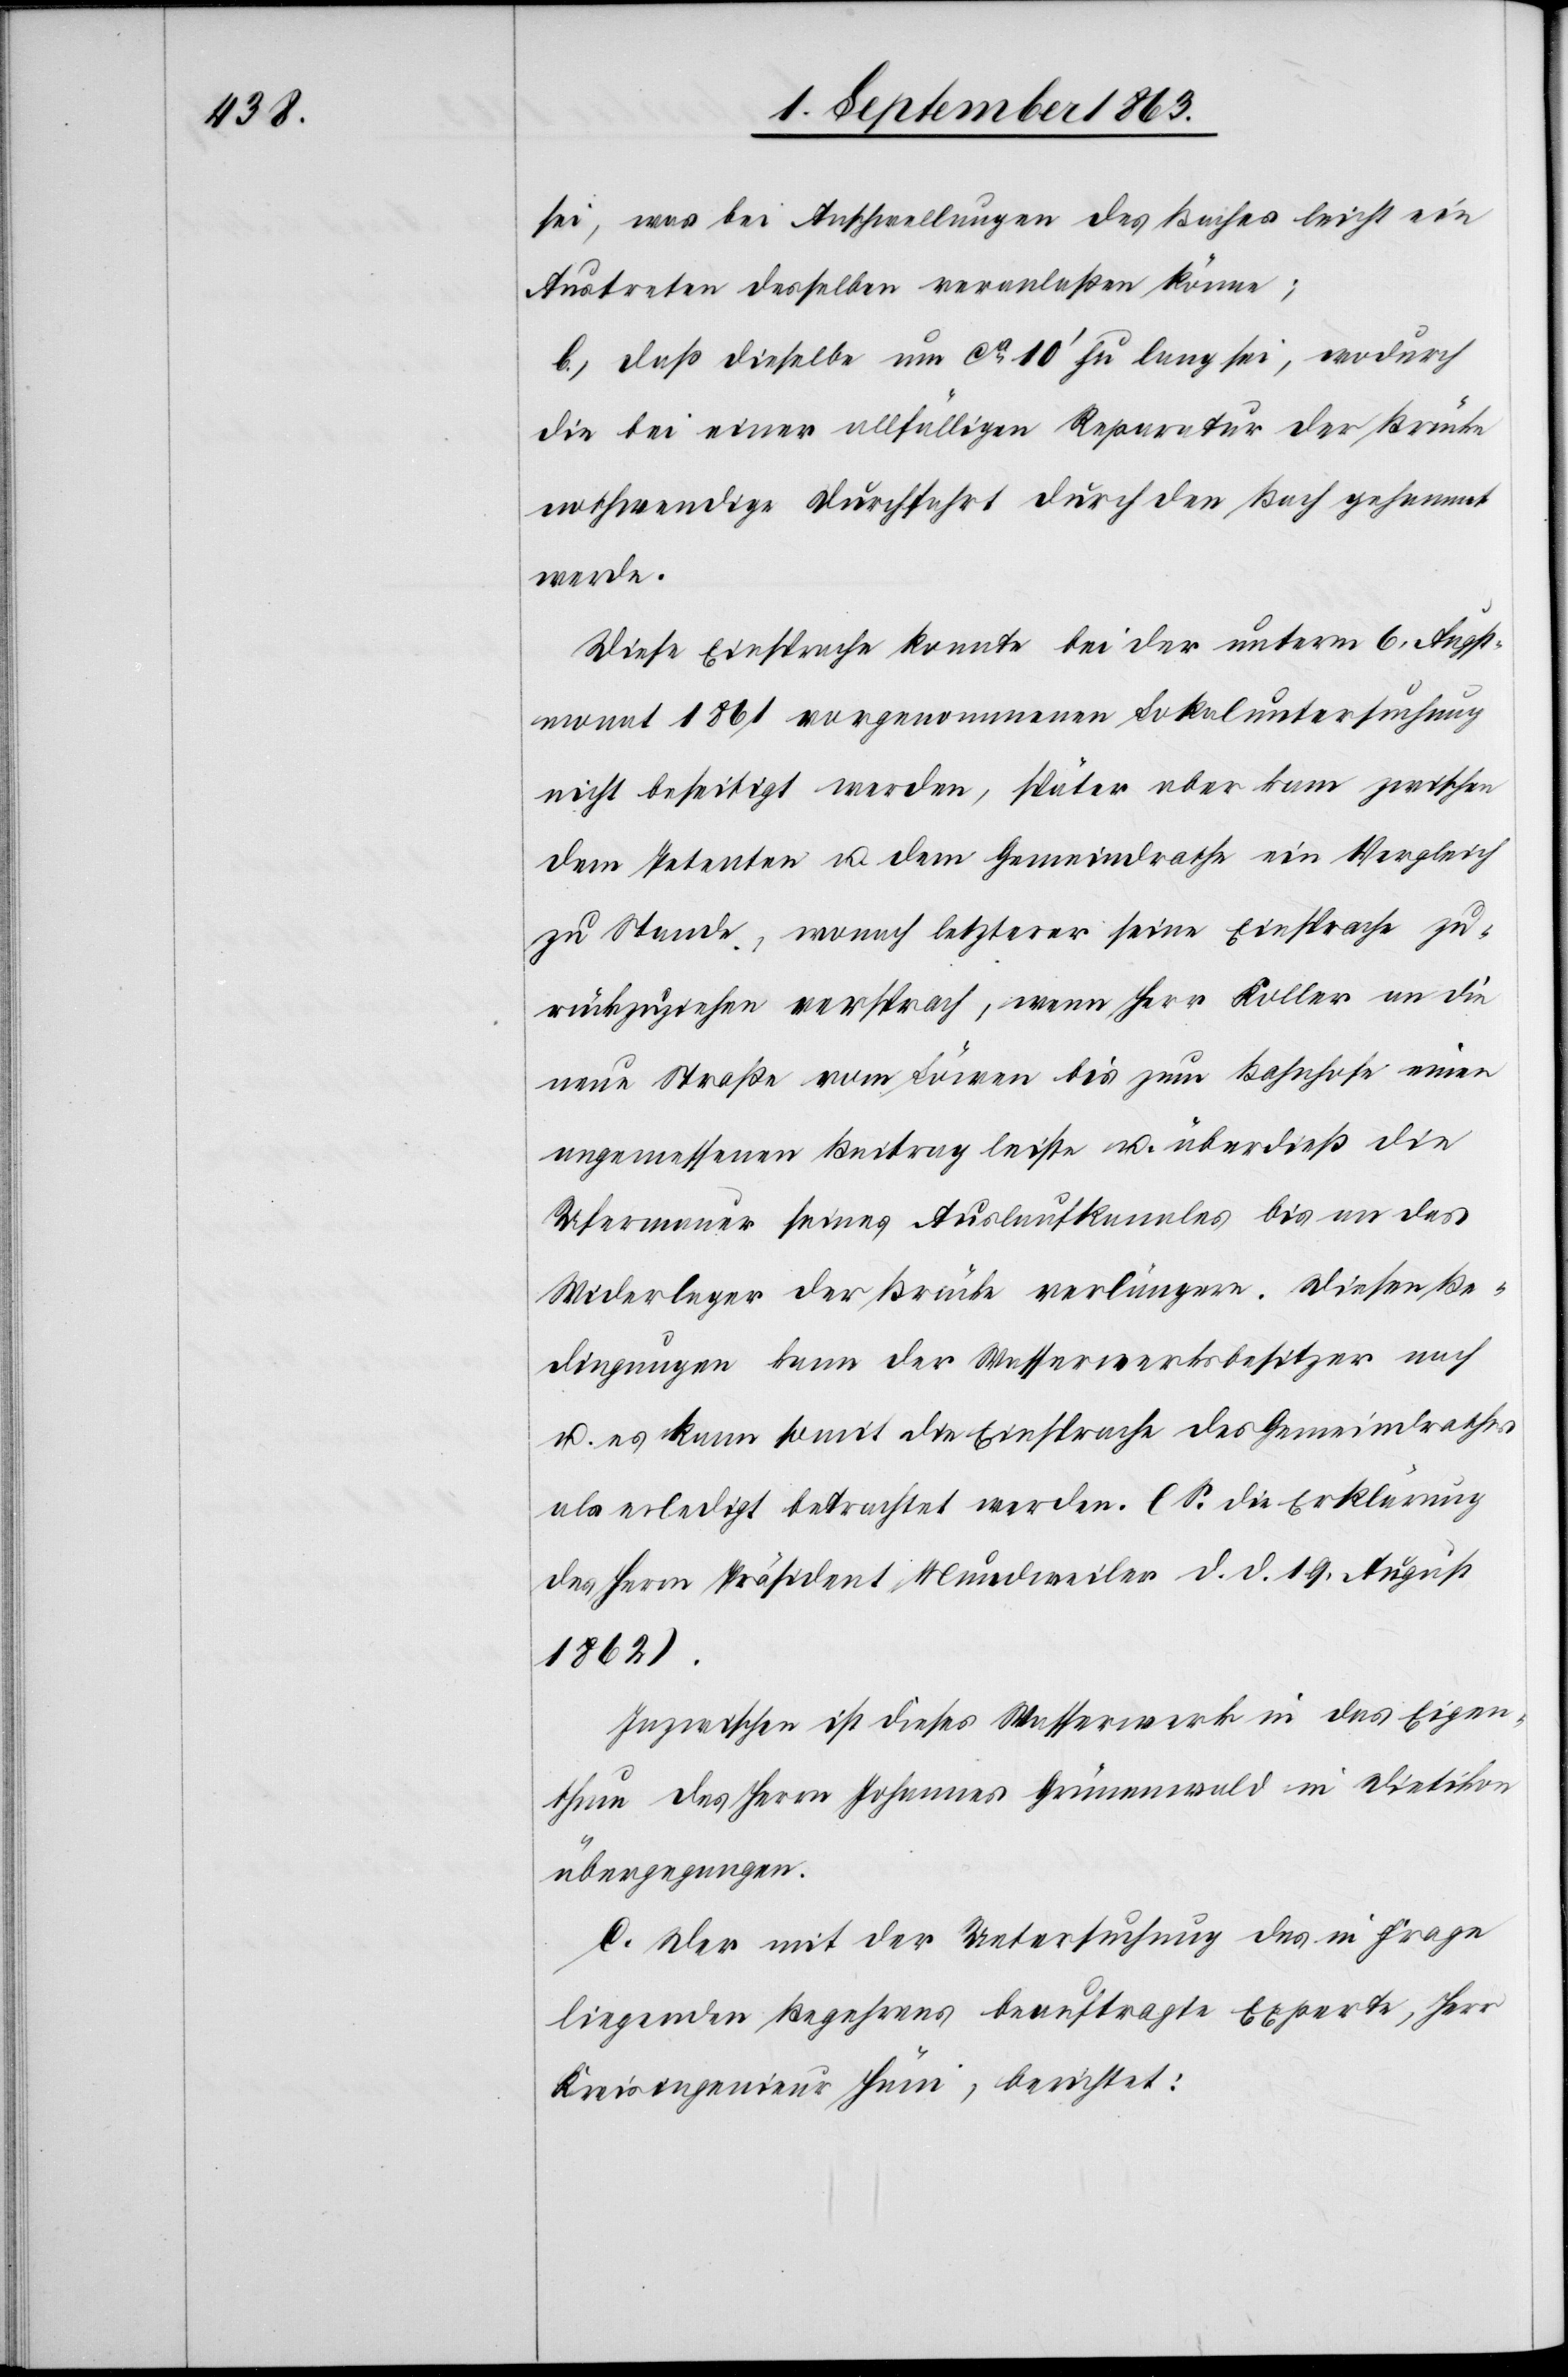
sei, was bei Anschwellungen des Baches leicht ein
Austreten desselben veranlaßen könne;
b.) daß dieselbe um ca 10' zu lang sei, wodurch
die bei einer allfälligen Reparatur der Brücke
nothwendige Durchfahrt durch den Bach gehemmt
werde.
Diese Einsprache konnte bei der unterm 6. Augst¬
monat 1861 vorgenommenen Lokaluntersuchung
nicht beseitigt werden, später aber kam zwischen
dem Petenten u. dem Gemeindrathe ein Vergleich
zu Stande, wonach letzterer seine Einsprache zu¬
rückzuziehen versprach, wenn Herr Koller an die
neue Straße vom Löwen bis zum Bahnhofe einen
angemessenen Beitrag leiste u. überdieß die
Ufermauer seines Auslaufkanales bis an das
Widerlager der Brücke verlängere. Diesen Be¬
dingungen kann [recte: kam] der Wasserwerksbesitzer nach
u. es kann somit die Einsprache des Gemeindrathes
als erledigt betrachtet werden. (S. die Erklärung
des Herrn Präsident Mundweiler d. d. 19. August
1862).
Inzwischen ist dieses Wasserwerk in das Eigen¬
thum des Herrn Johannes Grünenwald in Dietikon
übergegangen.
C. Der mit der Untersuchung des in Frage
liegenden Begehrens beauftragte Experte, Herr
Kreisingenieur Hüni, berichtet: